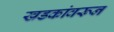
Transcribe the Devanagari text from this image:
खडकांवरून